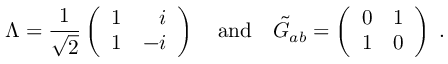
\Lambda = { \frac { 1 } { \sqrt { 2 } } } \left( \begin{array} { r r } { { 1 } } & { { i } } \\ { { 1 } } & { { - i } } \end{array} \right) \quad \mathrm { { a n d } } \quad \tilde { { \cal G } } _ { a b } = \left( \begin{array} { c c } { { 0 } } & { { 1 } } \\ { { 1 } } & { { 0 } } \end{array} \right) \; .